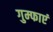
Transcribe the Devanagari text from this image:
गुम्फाएं